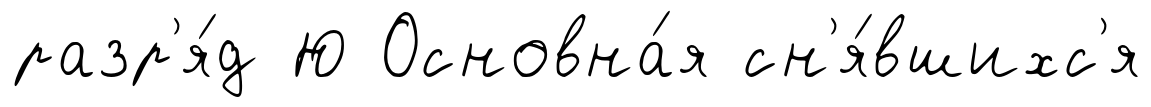
разр'я́д Ю Основна́я сн'я́вшихс'я